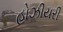
હોઝીયરી